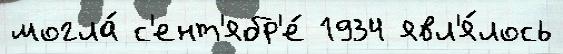
могла́ с'ент'ябр'е́ 1934 явл'я́лось